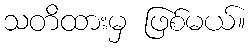
သတိထားမှ ဖြစ်မယ်။